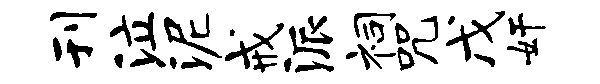
刊泣泥戒派祠咒戊奸